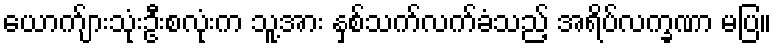
ယောက်ျားသုံးဦးစလုံးက သူ့အား နှစ်သက်လက်ခံသည့် အရိပ်လက္ခဏာ မပြ။